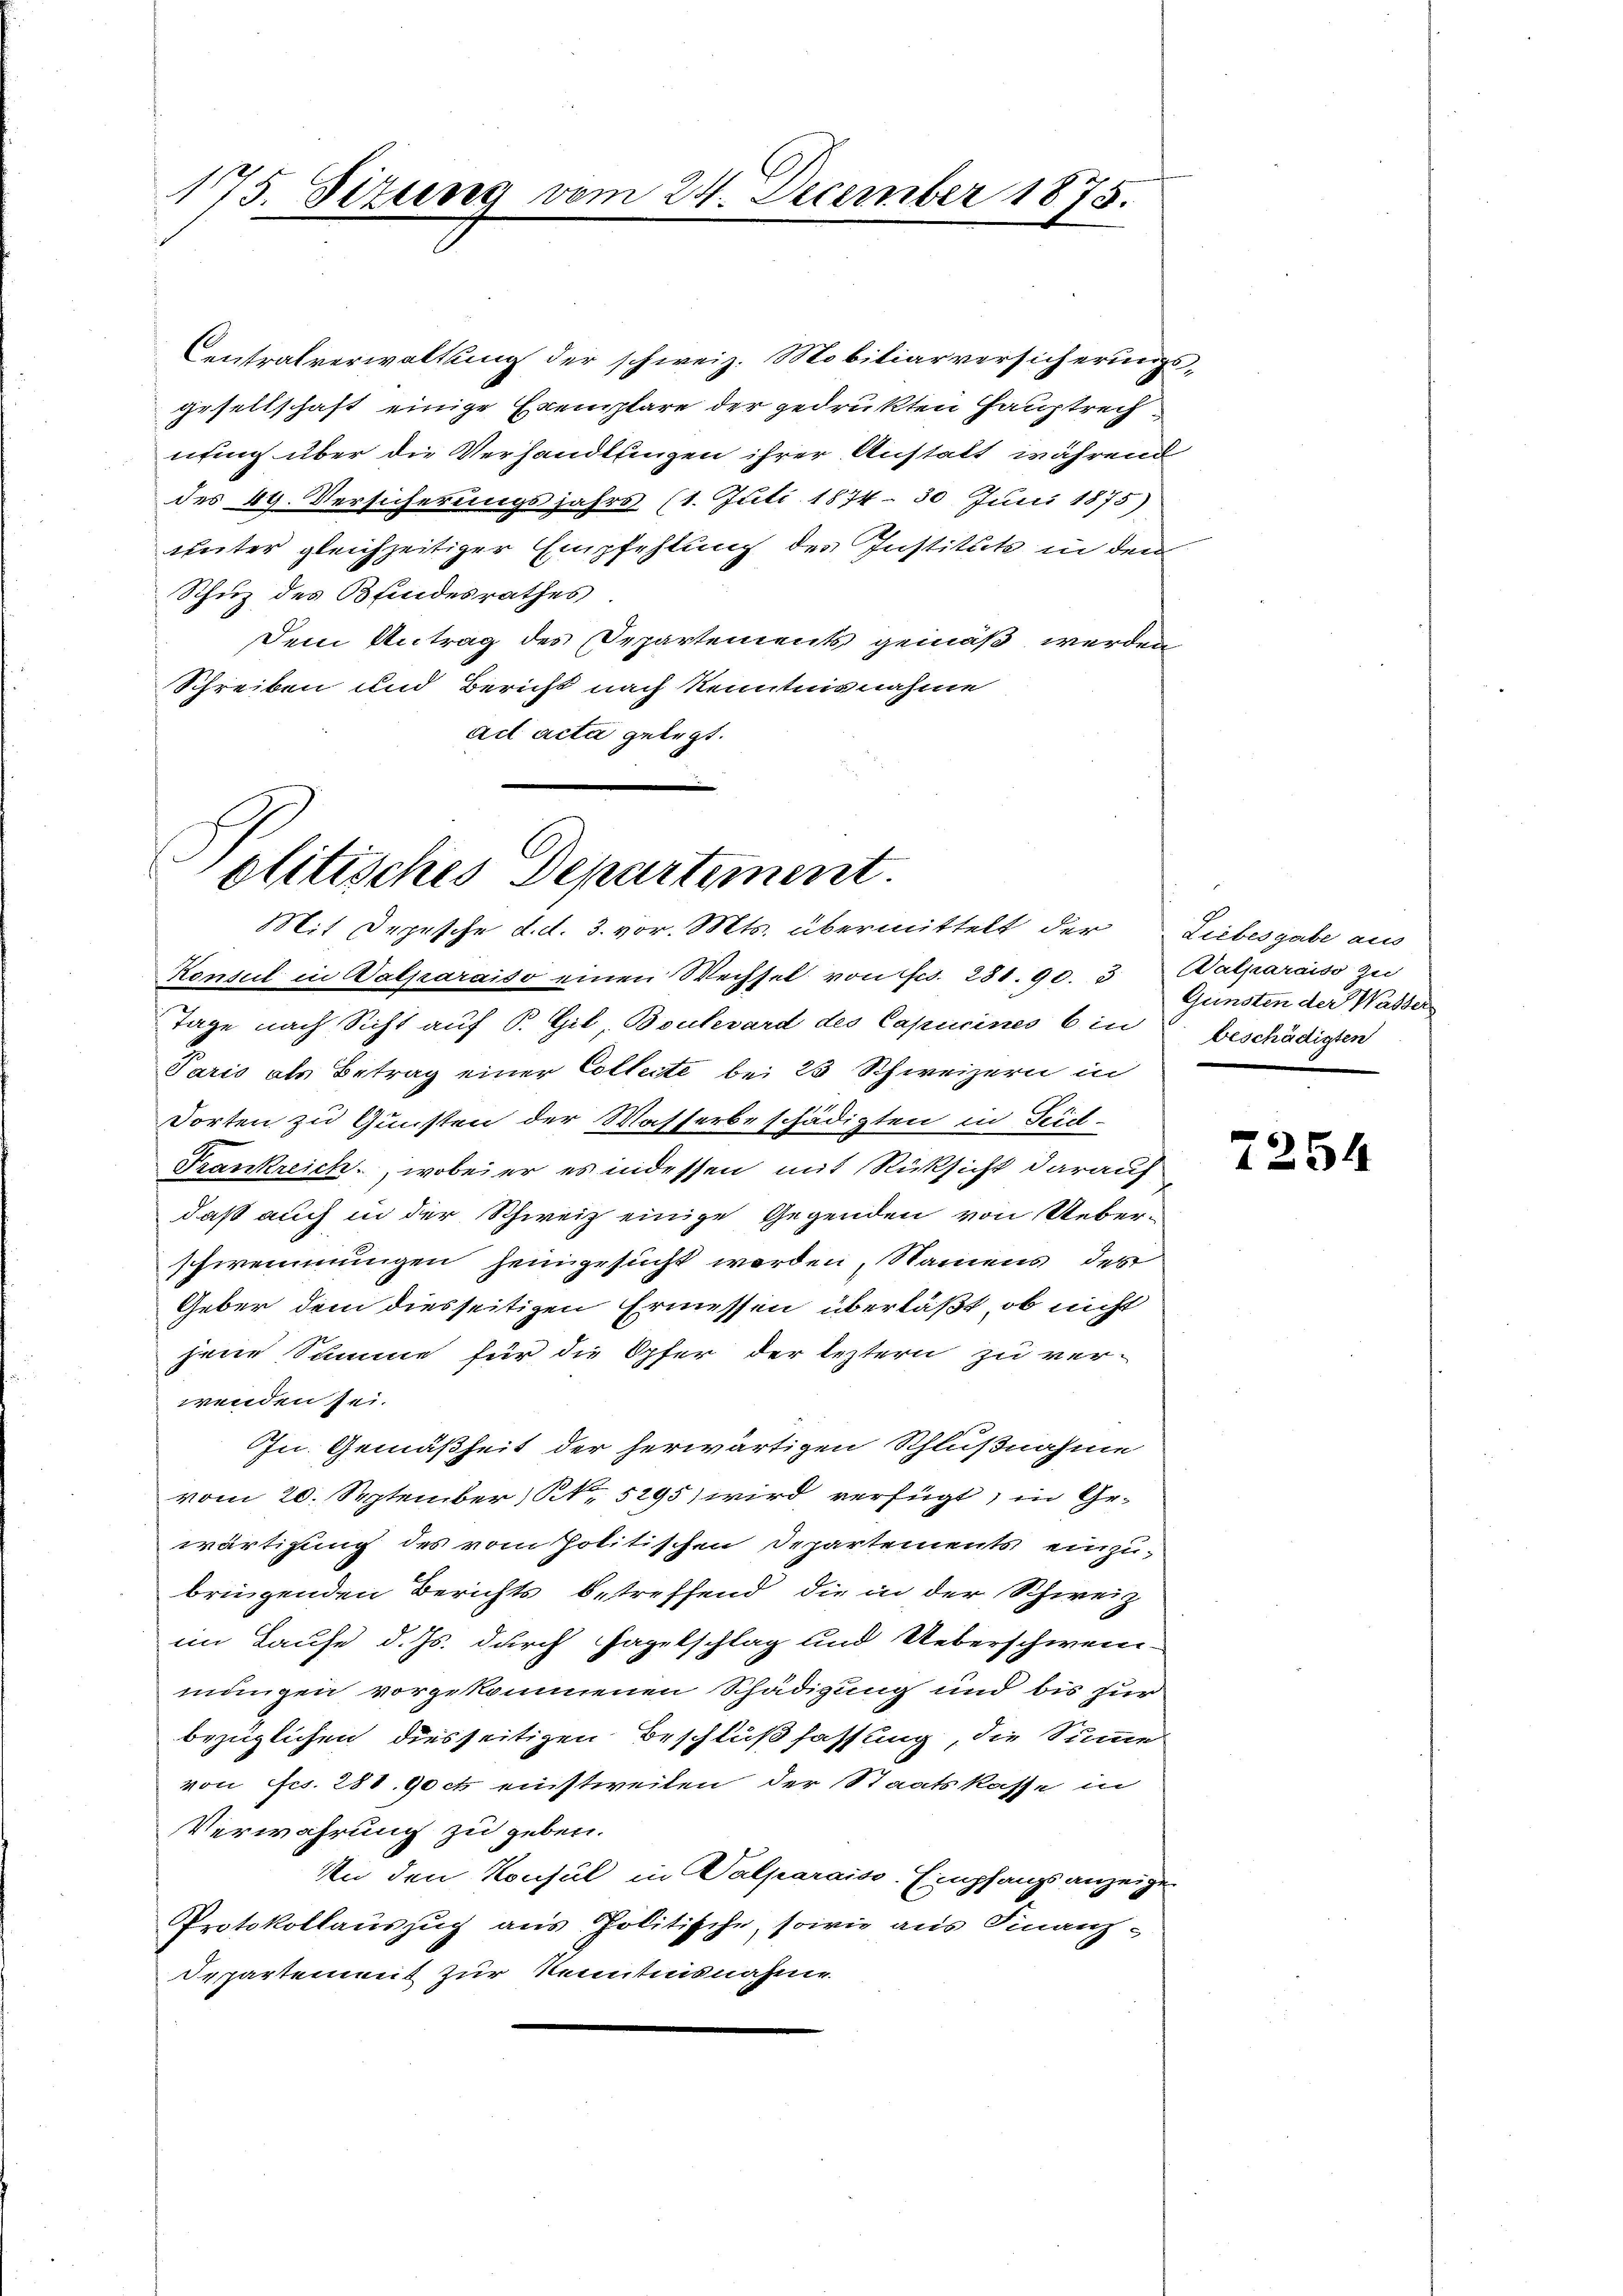
175. Sizung vom 24. December 1875.

Centralverwaltung der schweiz. Mobiliarversicherungsgesellschaft einige Exemplare der gedrukten Hauptrechnung über die Verhandlungen ihrer Anstalt während
des 49. Versicherungsjahrs (1. Juli 1874. 30 Juni 1875)
teiter gleichzeitiger Empfehlung des Institute in dem
Schuz des Blindesrathes
Dem Antrag des Departements gemäß werden,
Schreiben und Bericht nach Kenntnisnahme
ad acta gelegt.

Politisches Departement.
Mit Depesche d. d. 3. vor. Mts. übermittelt der Liebesgabe aus

Konsul in Walparaiso einen Wechsel von Fr. 281. 90. 3. Halparaiso zu
Tage nach Sicht auf P. Gil, Boulevard des Capucines 6 in beschädigten
Paris als Betrag einer Collecte bei 23 Schweizern in
Dorten zu Gunsten der Wasserbeschädigten in Teich-
Frankreich, wobei er es indessen mit Rücksicht darauf
daß auch in der Schweiz einige Gegenden von Ueberschwemmungen heimgesucht werden, Namens des
Geber dem diesseitigen Ermessen überläßt, ob nicht
jene Summe für die Opfer der leztern zu ver-
wenden sei.
Jn. Gemäßheit der herwärtigen Schlußnahme
vom 20. September N. 5295) wird verfügt, in Gewärtigung des vom Politischen Departements einzubringenden Berichts betreffend die in der Schweiz
im Hause d. Js. durch Hagelschlag und Ueberschwei
mungen vorgekommenen Schädigung und bis zur
bezüglichen diesseitigen Beschlußfassung, die Summe
von ffcs. 288. 90 ct einstweilen der Staatskasse in
Verwahrung zu geben.
An den Konsul in Valparaiss. Empfangsanzeige
Protokollauszug aus Politische, sowie aus Finanz-
Separtement zur Kenntnisnahme

Gunsten der Wasser

2254